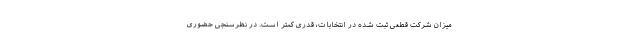
میزان شرکت قطعی ثبت شده در انتخابات، قدری کمتر است. در نظرسنجی حضوری